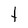
Character: t